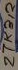
Text: 27K412